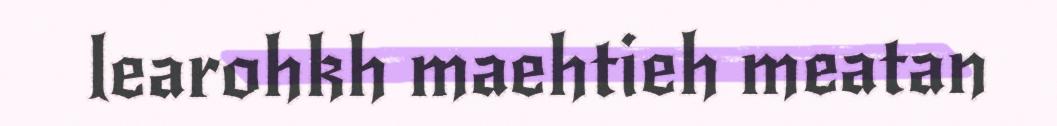
learohkh maehtieh meatan